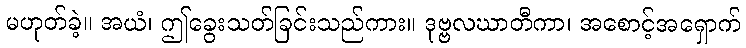
မဟုတ်ခဲ့။ အယံ၊ ဤခွေးသတ်ခြင်းသည်ကား။ ဒုဗ္ဗလဃာတီကာ၊ အစောင့်အရှောက်